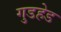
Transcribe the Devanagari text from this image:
गुडहेड